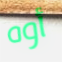
أوه